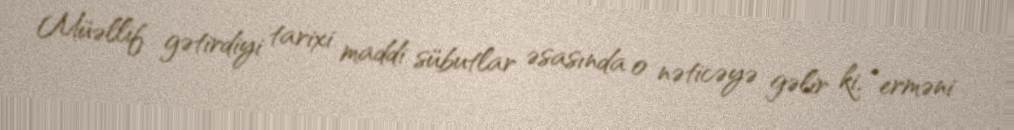
Müəllif gətirdiyi tarixi maddi sübutlar əsasında o nəticəyə gəlir ki, “erməni